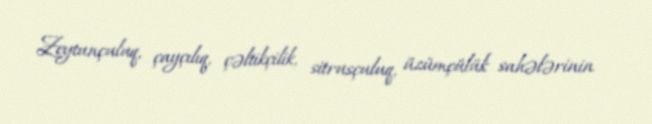
Zeytunçuluq, çayçılıq, çəltikçilik, sitrusçuluq, üzümçülük sahələrinin